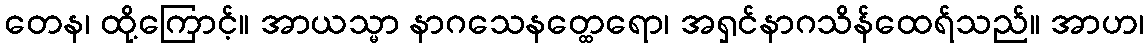
တေန၊ ထို့ကြောင့်။ အာယသ္မာ နာဂသေနတ္ထေရော၊ အရှင်နာဂသိန်ထေရ်သည်။ အာဟ၊